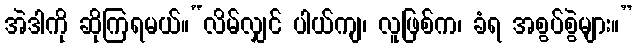
အဲဒါကို ဆိုကြရမယ်။“လိမ်လျှင် ပါယ်ကျ၊ လူဖြစ်က၊ ခံရ အစွပ်စွဲများ။”